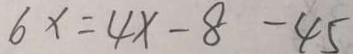
6 x = 4 x - 8 - 4 5